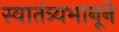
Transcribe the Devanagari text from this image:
स्वातंत्र्यभानूने